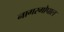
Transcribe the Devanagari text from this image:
नागरगोपाल